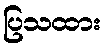
ပြသထား